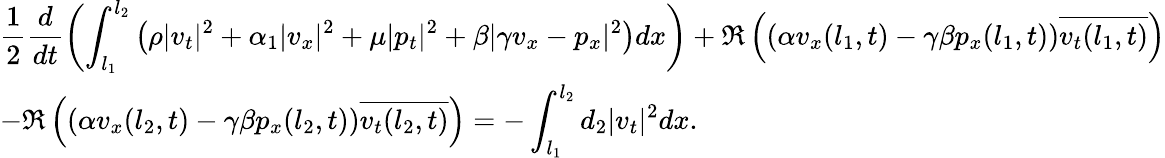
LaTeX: \begin{array}{l}{\displaystyle\frac{1}{2}\frac{d}{dt}\left(\int_{l_{1}}^{l_{2}}\left(\rho|v_{t}|^{2}+\alpha_{1}|v_{x}|^{2}+\mu|p_{t}|^{2}+\beta|\gamma v_{x}-p_{x}|^{2}\right)dx\right)+\Re\left(\left(\alpha v_{x}(l_{1},t)-\gamma\beta p_{x}(l_{1},t)\right)\overline{{v_{t}(l_{1},t)}}\right)}\\ {\displaystyle-\Re\left(\left(\alpha v_{x}(l_{2},t)-\gamma\beta p_{x}(l_{2},t)\right)\overline{{v_{t}(l_{2},t)}}\right)=-\int_{l_{1}}^{l_{2}}d_{2}|v_{t}|^{2}dx.}\end{array}